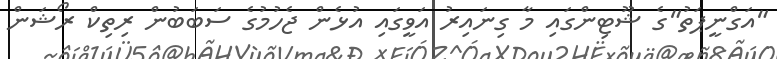
"އަގްނީޕަތު"ގެ ޝޫޓިންގައި މާ ގިނައިރު އަވީގައި އުޅެން ޖެހުމުގެ ސަބަބުން ރިތިކް ރޯޝަން